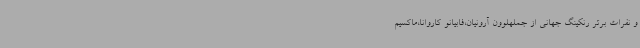
و نفرات برتر رنکینگ جهانی از جملهلوون آرونیان،فابیانو کاروانا،ماکسیم